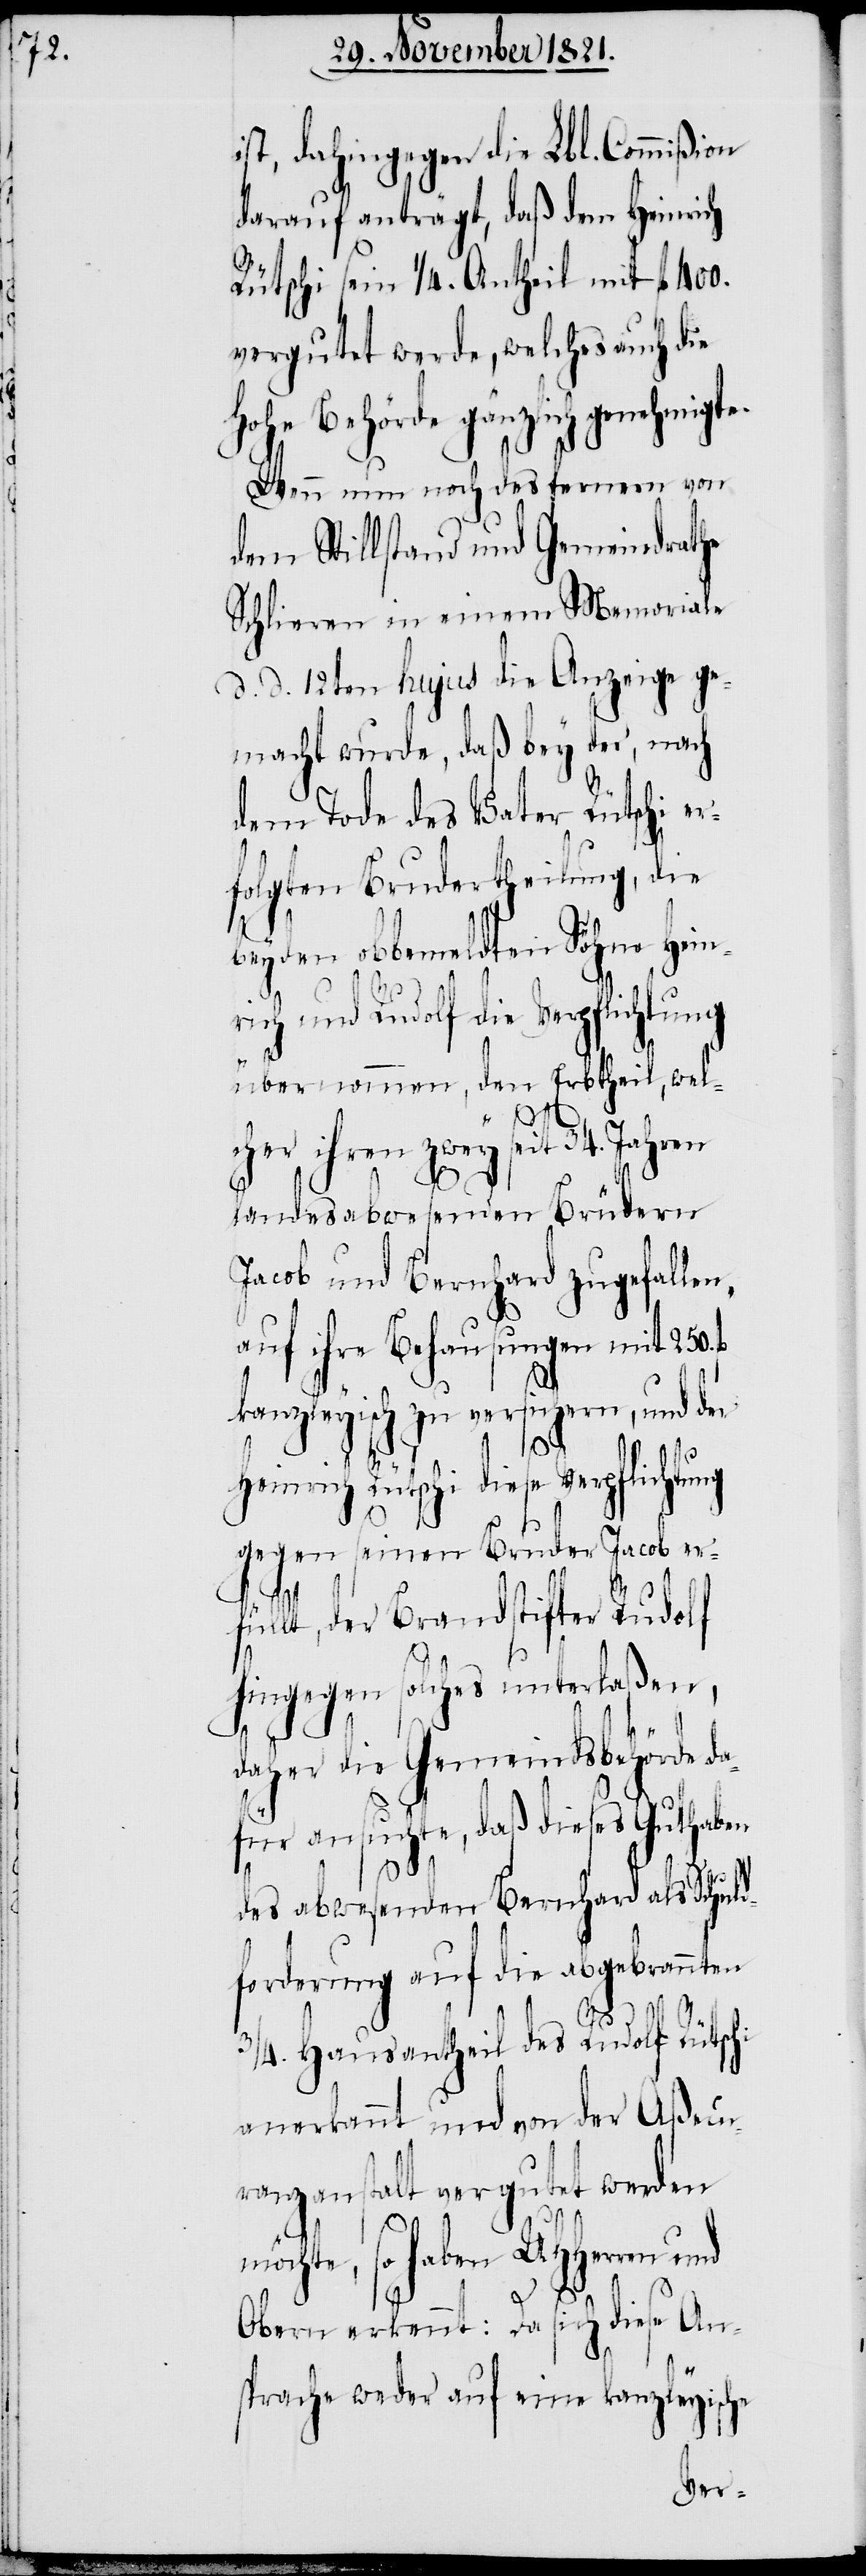
ist, dahingegen die Lbl. Commißion
darauf anträgt, daß dem Heinrich
Rütschi sein 1/4. Antheil mit fl. 400.
vergutet werde, welches auch die
Hohe Behörde gänzlich genehmigte.
Wenn nun noch des fernern von
dem Stillstand und Gemeindrathe
Schlieren in einem Memoriale
d. d. 12ten hujus die Anzeige ge¬
macht wurde, daß bey der, nach
dem Tode des Vater Rütschi
folgten Brudertheilung, die
beyden obbemeldten Söhne Hein¬
rich und Rudolf die Verpflichtung
übernommen, den Erbtheil, wel¬
cher ihren zwey seit
landesabwesenden Brüdern
Jacob und Bernhard zugefallen,
auf ihre Behausungen mit 250.
kanzleyisch zu versichern, und der
Heinrich Rütschi diese Verpflic¬
gegen seinen Bruder Jacob er¬
da¬
füllt, der Brandstifter Rudo¬
hingegen solches unterlaßen,
lf
da¬
her die Gemeindsbehörde
für ansuchte, daß dieses Guthaben
34.
des abwesenden Bernhard als Schuld¬
forderung auf die abgebrannten
3/4. Hausantheil des Rudolf Rütschi
anerkannt und von der Aßecu¬
ranzanstalt vergutet werden
möchte, so haben UHHerren und
Obern erkennt: Da sich diese An¬
sprache weder auf eine kanzleyische
er¬